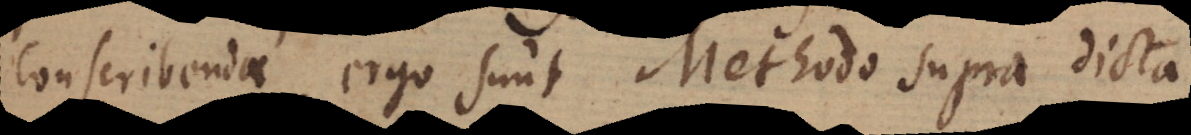
Conscribendae ergo sunt Methodo supra dicta